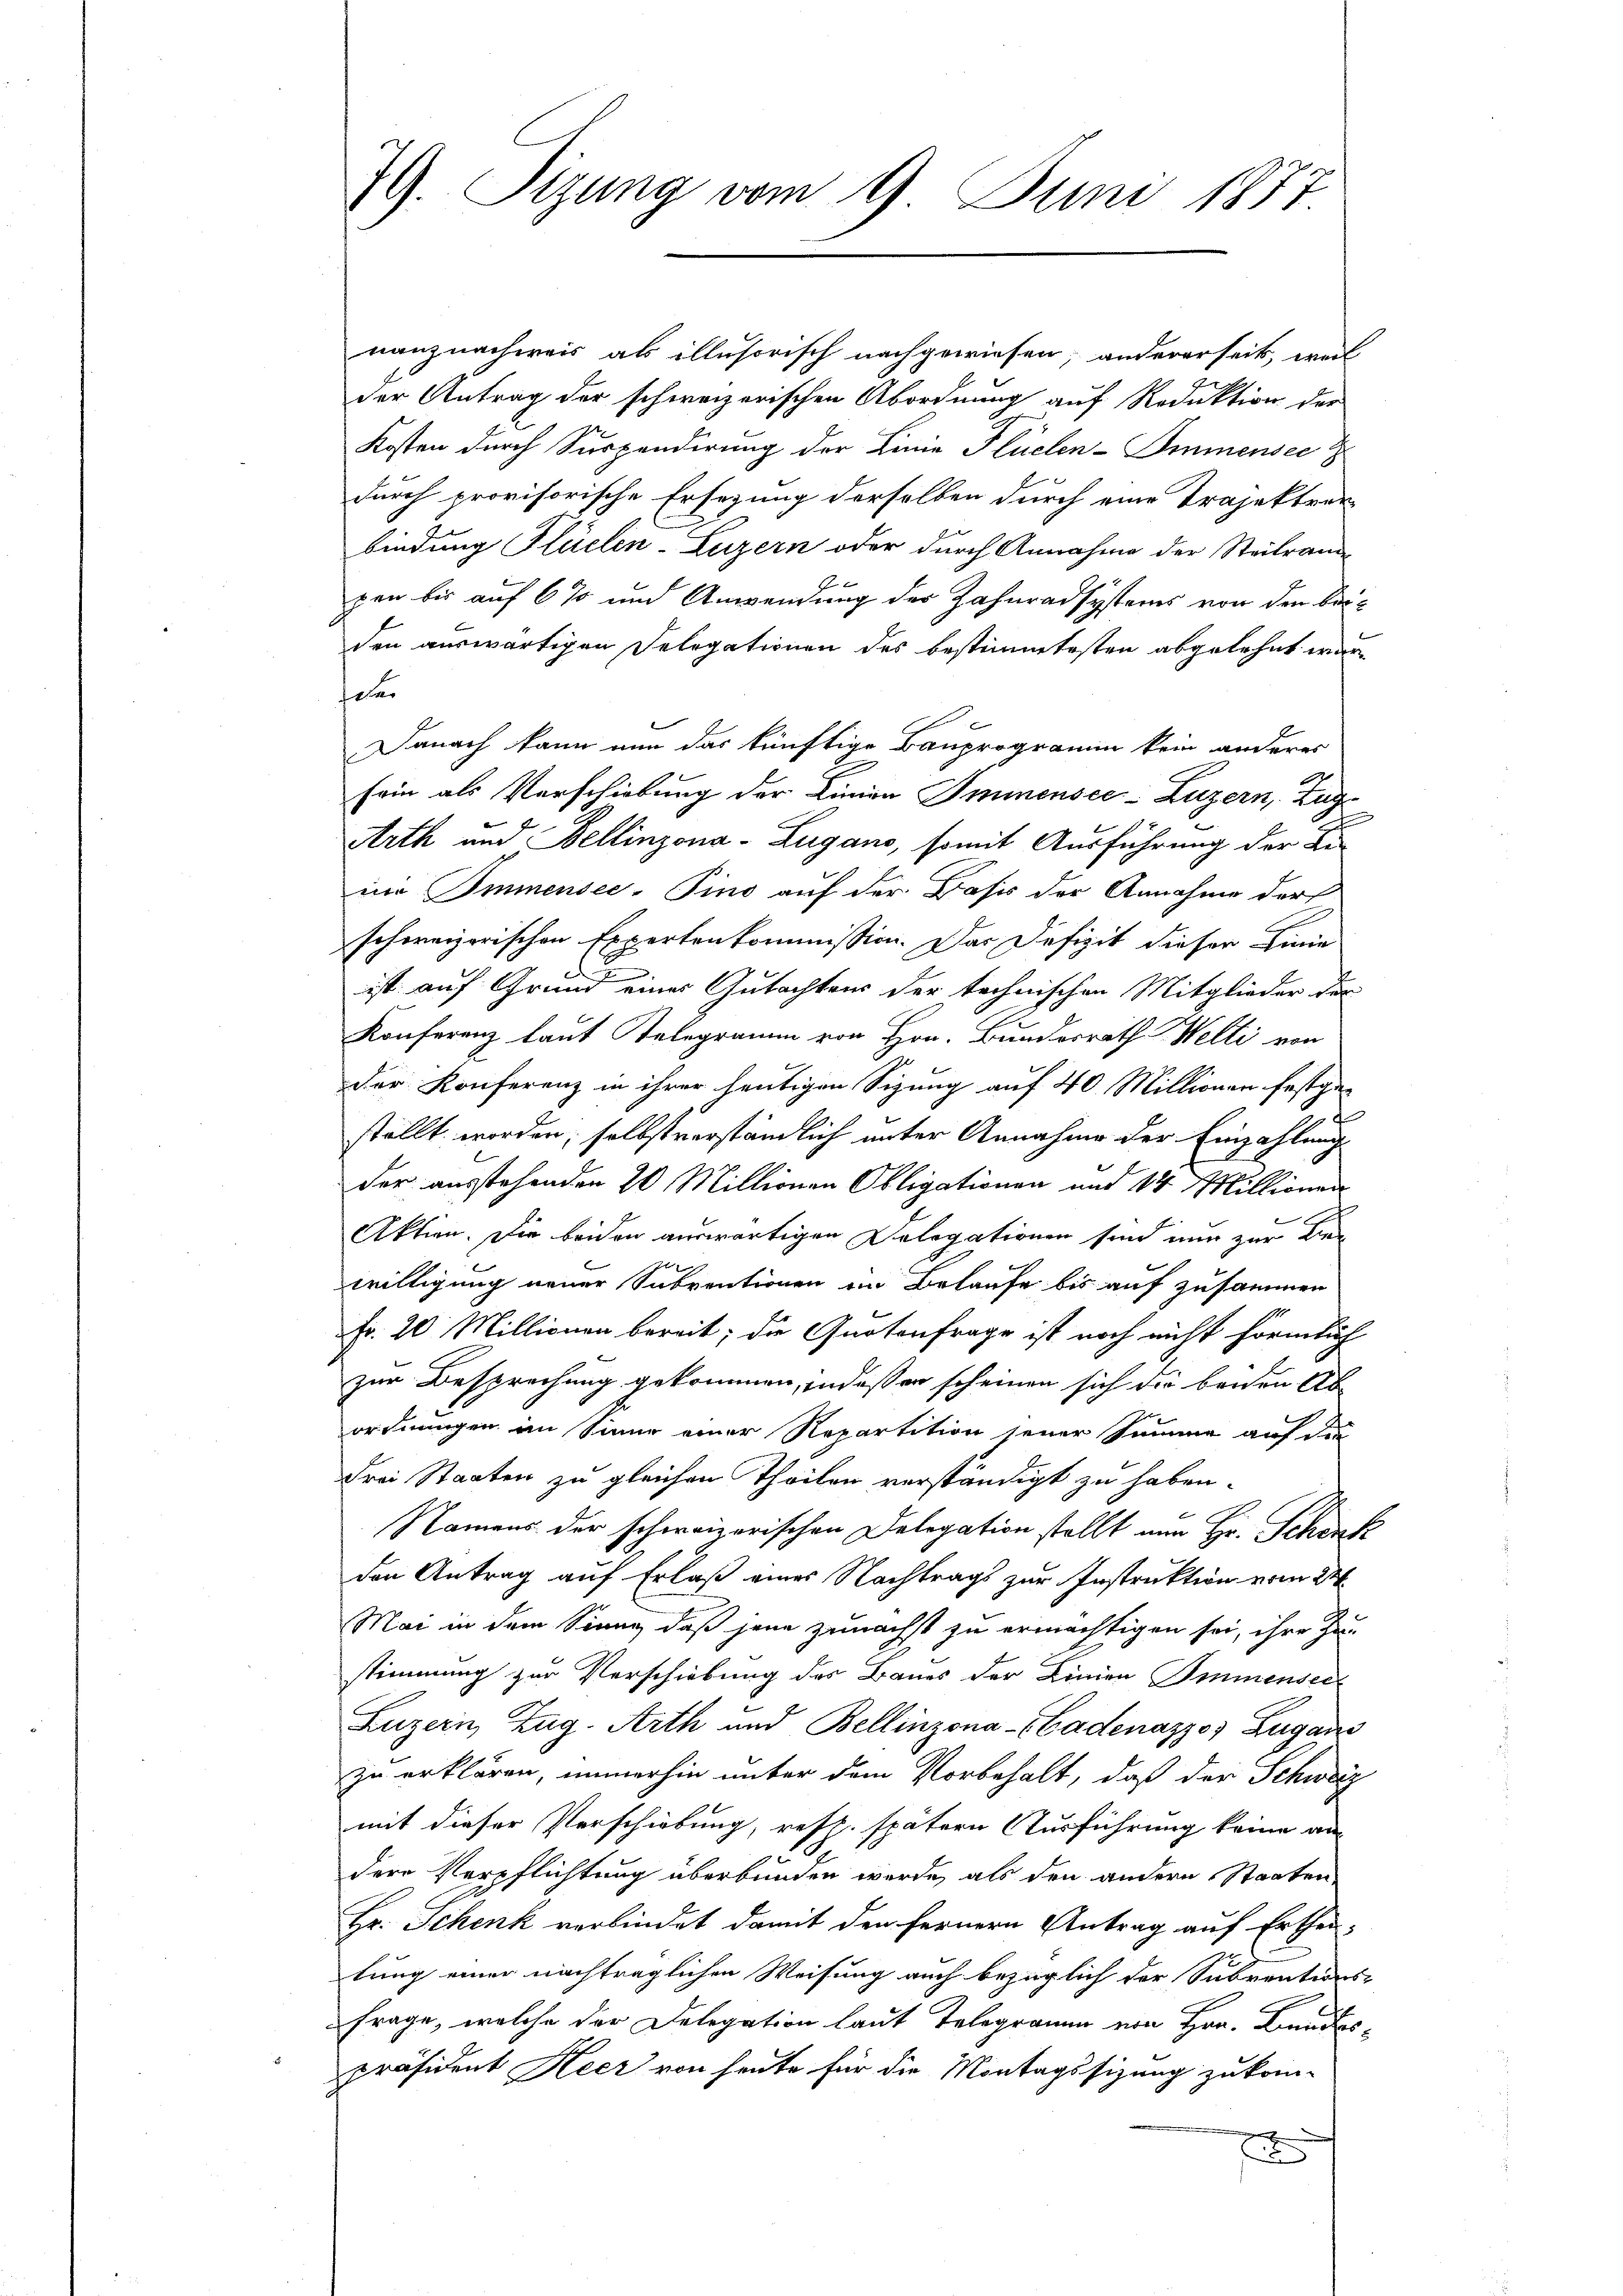
nanznachweis als illusorisch nachgewiesen, andererseit, weil
u
der Antrag der schweizerischen Abordnung auf Reduktion der
Kosten durch Suspendirung der Linie Flüelen-Immensee
durch provisorische Ersezung derselben durch eine Projektrarbindung Flüelen-Luzern oder durch Annahme der Steitraum
pen bis auf 6 % und Anwendung der Zahnradsystems von den beiden auswärtigen Delegationen des bestimmtesten abgelehnt wäre
ear
Danach kann nun das künftige Bauprogramm kein anderer
sein als Verschiebung der Linien Immnensee-Luzern, Zug
Arth und Bellinzona - Zugano, somit Ausführung der Li
nie Immensee–Pino auf der Basis der Annahme der
schweizerischen Expertenkommission. Das Defizit dieser Linie
t
ist auf Grund eines Gutachtens der technischen Mitglieder der
Konferenz laut Telegramm von Hrn. Bunderrath Welti von
der Konferenz in ihrer heutigen Sizung auf 40 Millionen festge-
stellt worden, selbstverständlich unter Annahme der Einzahlung
der ausstehenden 20 Millionen Obligationen und 14 Millionen
Aktien. Die beiden auswärtigen Delegationen sind nun zur Be
willigung neuer Subventionen ein Belaufe bis auf zusammen
Fr. 20 Millionen bereit; die Quotenfrage ist noch nicht förmlich
zur Besprechung gekommen, indeß er scheinen sich die beiden Ab
ordnungen im Sinne einer Repartition jener Summe auf die
Frei Staaten zu gleichen Theilen verständigt zu haben.
Namens der schweizerischen Delegation stellt nun Hr. Schank
den Antrag auf Erlaß eines Nachtrags zur Instruktion vom 22.
Mai in dem Sinne, daß jene zunächst zu ermächtigen sei, ihre Zu-
stimmung zur Verschiebung des Baues der Linien Immensei
Luzern, Zug. Arth und Bellinzona - Badenazzo, Zugans
zu erklären, immerhin unter dem Vorbehalt, daß der Schweiz
mit dieser Verschiebung, resp. spätern Ausführung keine an
dere Verpflichtung überbunden werde, als den andern Staaten
Hr. Schenk verbindet damit den fernern Antrag auf Ertheiltung einer nachträglichen Weisung auch bezüglich der Subventions-
frage, welche der Delegation laut Telegramm von Hrn. Bundespräsident Heer von heute für die Montagssizung zukom-
E

79. Tizung vom 9. Juni 1877.